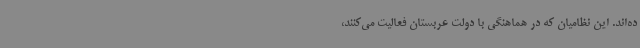
ده‌اند. این نظامیان که در هماهنگی با دولت عربستان فعالیت می‌کنند،